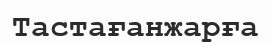
Тастағанжарға